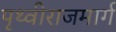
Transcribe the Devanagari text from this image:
पृथ्वीराजमार्ग